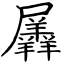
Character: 羼